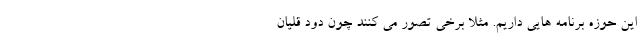
این حوزه برنامه ‌هایی داریم. مثلا برخی تصور می ‌کنند چون دود قلیان